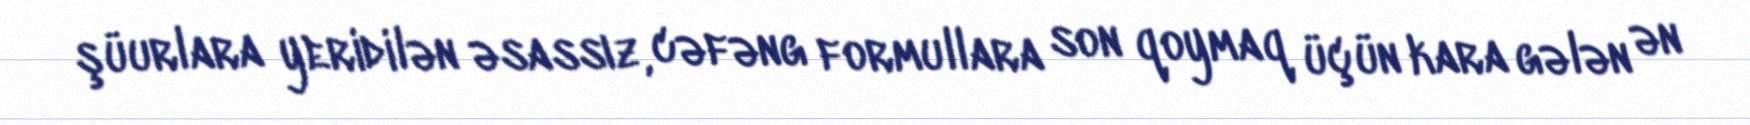
şüurlara yeridilən əsassız, cəfəng formullara son qoymaq üçün kara gələn ən